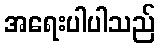
အရေးပါပါသည်